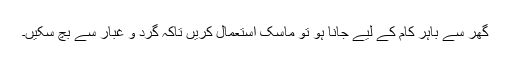
گھر سے باہر کام کے لیے جانا ہو تو ماسک استعمال کریں تاکہ گرد و غبار سے بچ سکیں۔